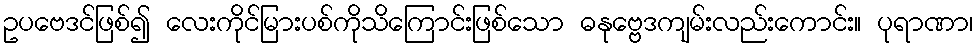
ဥပဗေဒင်ဖြစ်၍ လေးကိုင်မြားပစ်ကိုသိကြောင်းဖြစ်သော ဓနုဗ္ဗေဒကျမ်းလည်းကောင်း။ ပုရာဏာ၊